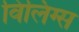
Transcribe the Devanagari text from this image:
विलिंग्स